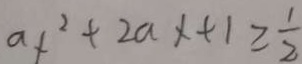
a _ { f } ^ { 2 } + 2 a x + 1 \geq \frac { 1 } { 2 }